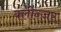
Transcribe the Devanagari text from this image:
क्लीन्जर